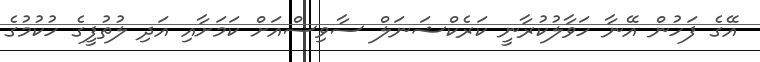
އޭގެ ފަހުން އޭނާ ހަވާލުކުރާނީ ކަރެކްޝަނަލް ސާވިސްއަށް ކަމަށާއި އަދި ލުތުފީގެ ހުކުމުގެ